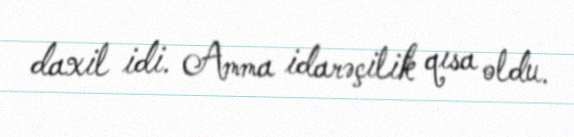
daxil idi. Amma idarəçilik qısa oldu.